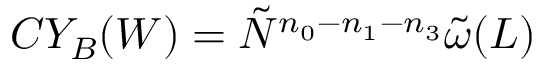
C Y _ { B } ( W ) = \tilde { N } ^ { n _ { 0 } - n _ { 1 } - n _ { 3 } } \tilde { \omega } ( L )